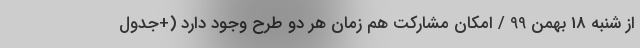
از شنبه 18 بهمن 99 / امکان مشارکت هم زمان هر دو طرح وجود دارد (+جدول